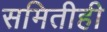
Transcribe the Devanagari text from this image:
समितीही